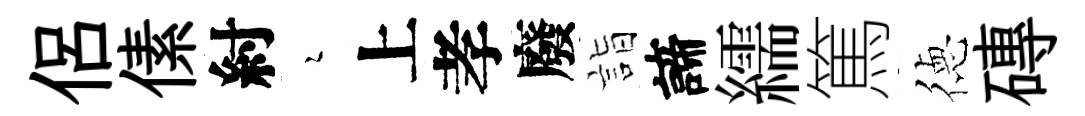
侶傃紂瑟上孝廢詣諦繻篤徳磚